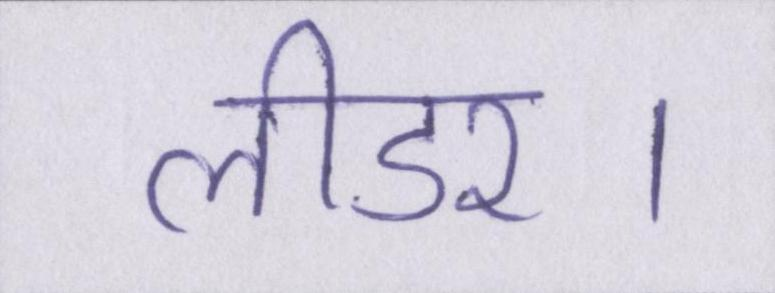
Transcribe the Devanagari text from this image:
लीडर।